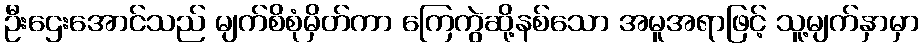
ဦးဌေးအောင်သည် မျက်စိစုံမှိတ်ကာ ကြေကွဲဆို့နစ်သော အမူအရာဖြင့် သူ့မျက်နှာမှာ